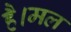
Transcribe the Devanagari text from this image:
है।मल